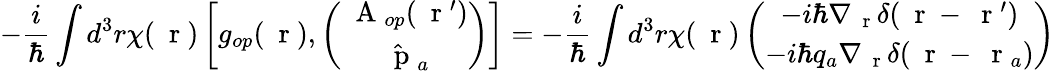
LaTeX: -\frac{i}{\hbar}\int d^{3}r\chi(\mathrm{~\mathbf~r~})\left[g_{op}(\mathrm{~\mathbf~r~}),\left(\begin{array}{c}{\mathrm{~\mathbf~A~}_{op}(\mathrm{~\mathbf~r~}^{\prime})}\\ {\hat{\mathrm{~\mathbf~p~}}_{a}}\end{array}\right)\right]=-\frac{i}{\hbar}\int d^{3}r\chi(\mathrm{~\mathbf~r~})\left(\begin{array}{c}{-i\hbar\nabla_{\mathrm{~\mathbf~r~}}\delta(\mathrm{~\mathbf~r~}-\mathrm{~\mathbf~r~}^{\prime})}\\ {-i\hbar q_{a}\nabla_{\mathrm{~\mathbf~r~}}\delta(\mathrm{~\mathbf~r~}-\mathrm{~\mathbf~r~}_{a})}\end{array}\right)